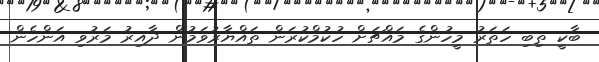
ބާކީ ތިބި ހަތަރު މީހުންގެ މައްޗަށް ހުކުމްކުރަން ތައްޔާރުވަމުން ދާއިރު މަރުވި އަންހެން